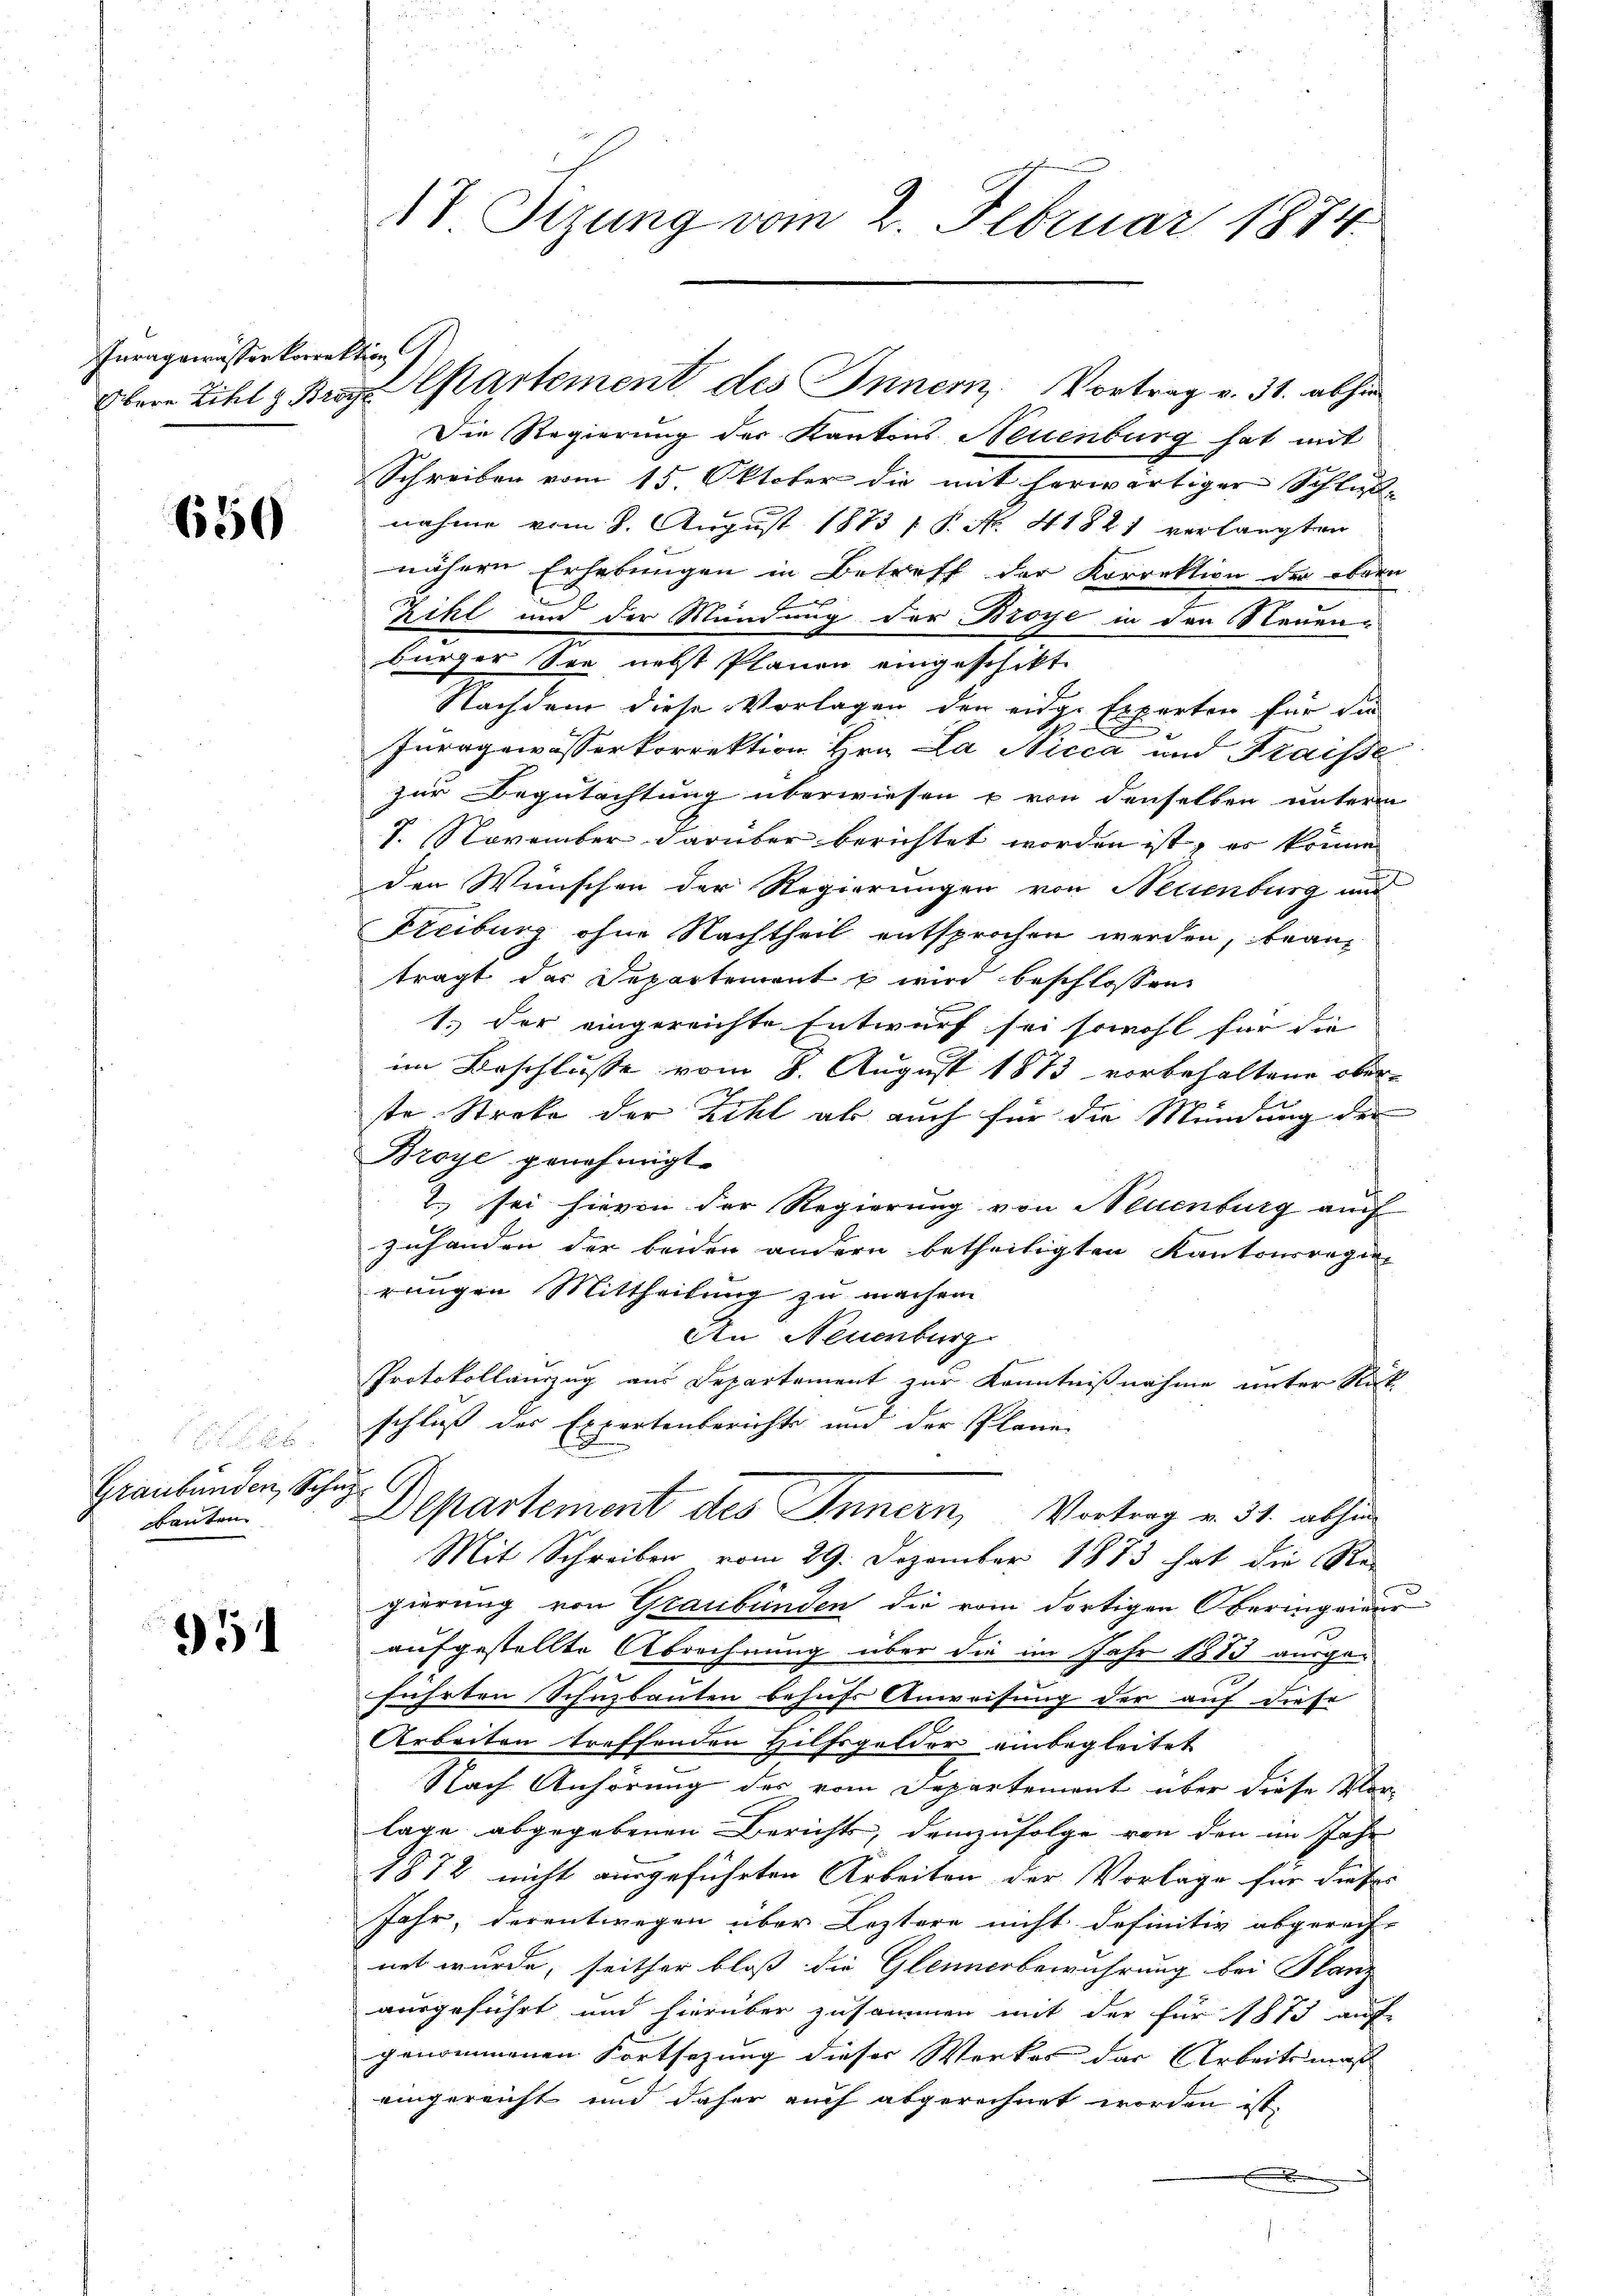
Inragsmässerkorrektion

650

Graubünden, Schuz
Bauten

951

.

18 Tizung vom 2. Februar 1874.

Die Regierung der Kantons Neuenburg hat mit
Schreiben vom 15. Oktober die mit herwärtiger Schluß-
nahme vom 8. August 1873 [ P. No. 41821 verlangten
nähern Erhebungen in Betreff der Korrektion der obern
Zihl und der Mündung der Broye in den Neuenbürger See nebst Planen eingeschikt.
Nachdem diese Vorlagen der eidge Experten für die
Fürrgewässerkorrektion Hrn. La Nicca und Fraisse
zur Begutachtung überwiesen u von denselben unterm
7. November darüber berichtet worden ist, es könne
den Wünschen der Regierungen von Neuenburg und
Freibung ohne Nachtheil entsprochen werden, beanträgt das Departement b wird beschlossen
1.) Der eingereichte Entwurf sei sowohl für die
im Beschlusse vom 8. August 1873 vorbehaltene oberste Streke der Zihl ab auch für die Mündung der
Broye genehmigt.
2.) sei hievon der Regierung von Neuenburg auch
zuhanden der beiden andern betheiligten Kantonsregier
rungen Mittheilung zu machen
An Neuenburg
Protokollauszug aus Departement zur Kenntnißnahme unter Rück
schluß der Expertenberichts und der Plane
C
Departement des Innern, Vortrag v. 31. abhin
Mit Schreiben vom 29. Dezember 1873 hat die Regierung von Graubünden die vom dortigen Oberingeieur
aufgestellte Abrechnung über die im Jahr 1883 ausge-
führten Schuzbauten behufs Anweisung der auf diese
Arbeiten treffenden Hilfsgelder einbegleitet
Nach Anhörung des vom Departement über diese Vor-
lage abgegebenen Berichts, demzufolge von den im Jahr
1872 nicht ausgeführten Arbeiten der Vorlage für dieses
Jahr, derentwegen über Leztere nicht definitiv abgerech-
net wurde, seither bloß die Gleinerbewuhrung bei Planz
ausgeführt und hierüber zusammen mit der für 1873 auf
genommenen Fortsezung dieser Werkes der Arbeitsmas
eingereicht und daher auch abgerechnet worden ist.

Obere Zihl & Bra Partement des Inner Vortrag v. 31. abhin